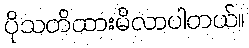
ပိုသတိထားမိလာပါတယ်။